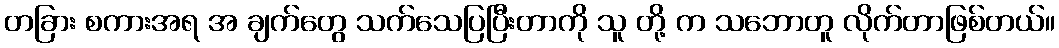
တခြား စကားအရ အ ချက်တွေ သက်သေပြပြီးတာကို သူ တို့ က သဘောတူ လိုက်တာဖြစ်တယ်။